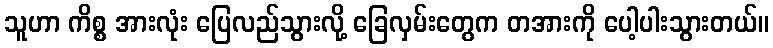
သူဟာ ကိစ္စ အားလုံး ပြေလည်သွားလို့ ခြေလှမ်းတွေက တအားကို ပေါ့ပါးသွားတယ်။